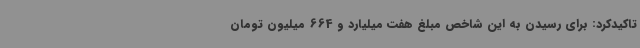
تاکیدکرد: برای رسیدن به این شاخص مبلغ هفت میلیارد و 664 میلیون تومان